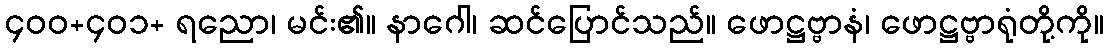
၄၀၀+၄၀၁+ ရညော၊ မင်း၏။ နာဂေါ၊ ဆင်ပြောင်သည်။ ဖောဋ္ဌဗ္ဗာနံ၊ ဖောဋ္ဌဗ္ဗာရုံတို့ကို။